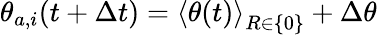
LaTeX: \theta_{a,i}(t+\Delta t)={\langle\theta(t)\rangle}_{R\in\{ 0\} }+\Delta\theta